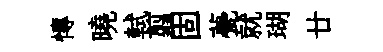
慱曉軾翦固甍就瑚廿